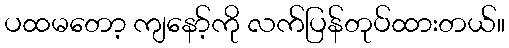
ပထမတော့ ကျနော့်ကို လက်ပြန်တုပ်ထားတယ်။